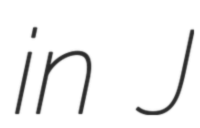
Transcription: in J